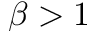
\beta > 1